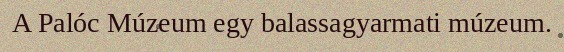
A Palóc Múzeum egy balassagyarmati múzeum.